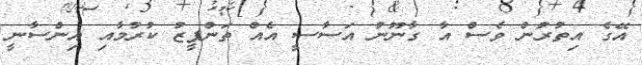
އޭގެ އިތުރުން ވެސް އާ ގާނޫނު އަސާސީ އެއް ތަންފީޒު ކުރުމާއި އިންސާނީ